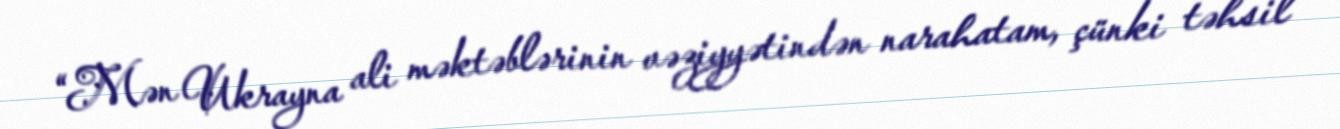
“Mən Ukrayna ali məktəblərinin vəziyyətindən narahatam, çünki təhsil